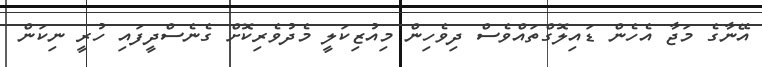
އޭނާގެ މަޖާ އެހެން ޑައިލޮގްތައްވެސް ދިވެހިން މިއުޒިކަލީ މެދުވެރިކޮށް ގެނެސްދީފައި ހުރީ ނިކަން